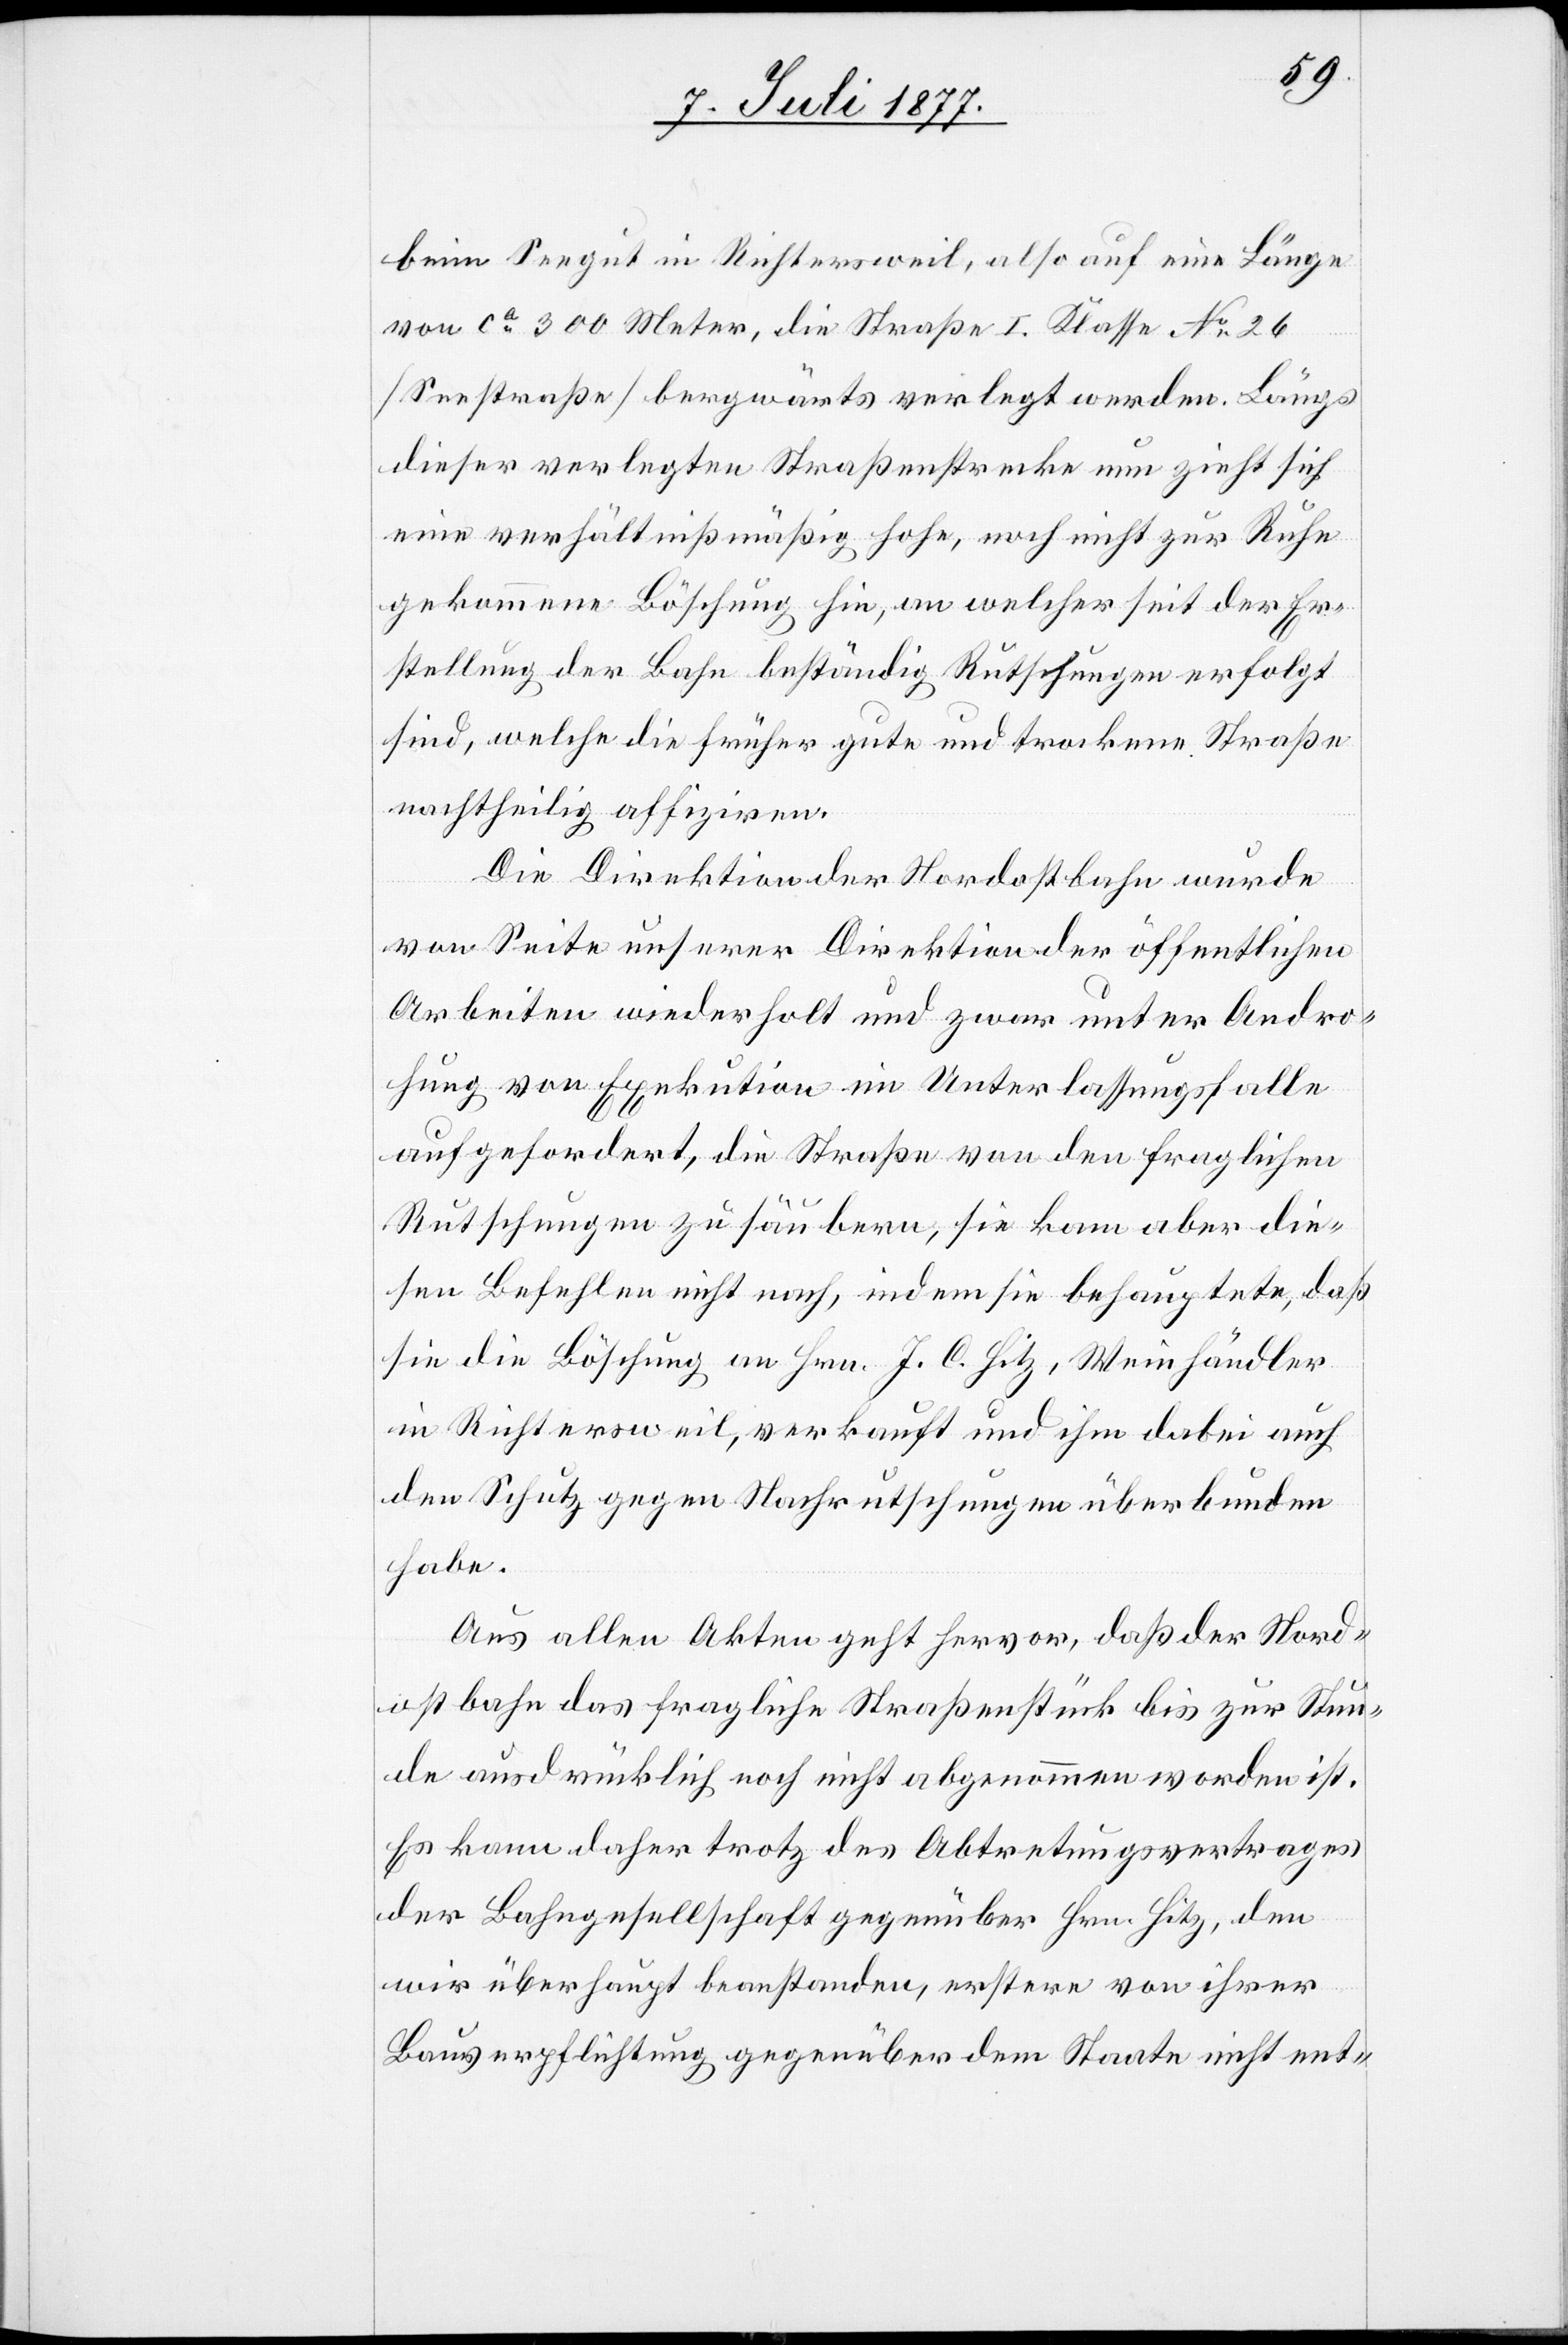
beim Seegut in Richtersweil, also auf eine Länge
von ca 300 Meter, die Straße I. Klasse No 26
[Seestraße] bergwärts verlegt werden. Längs
dieser verlegten Straßenstrecke nun zieht sich
eine verhältnißmäßig hohe, noch nicht zur Ruhe
gekommene Böschung hin, an welcher seit der Er¬
stellung der Bahn beständig Rutschungen erfolgt
sind, welche die früher gute und trockene Straße
nachtheilig affiziren.
Die Direktion der Nordostbahn wurde
von Seite unserer Direktion der öffentlichen
Arbeiten wiederholt und zwar unter Andro¬
hung von Exekution im Unterlassungsfalle
aufgefordert, die Straße von den fraglichen
Rutschungen zu säubern, sie kam aber die¬
sen Befehlen nicht nach, indem sie behauptete, daß
sie die Böschung an Hrn. J. C. Hitz, Weinhändler
in Richtersweil, verkauft und ihm dabei auch
den Schutz gegen Nachrutschungen überbunden
habe.
Aus allen Akten geht hervor, daß der Nord¬
ostbahn das fragliche Straßenstück bis zur Stun¬
de ausdrücklich noch nicht abgenommen worden ist.
Es kann daher trotz des Abtretungsvertrages
der Bahngesellschaft gegenüber Hrn. Hitz, den
wir überhaupt beanstanden, erstere von ihrer
Bauverpflichtung gegenüber dem Staate nicht ent-